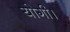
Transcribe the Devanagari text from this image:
योगी।